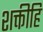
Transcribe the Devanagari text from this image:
शक्तीहि